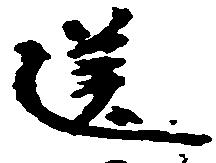
送